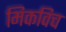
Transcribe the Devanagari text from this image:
मिकविच